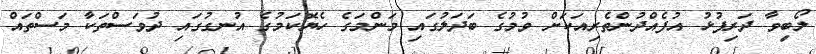
ލޯބިވާ ދަރިފުޅު އުފެއްދުންތެރިއަކަށް ވުމުގެ ބަދަލުގައި މަންމަގެ ހެޔޮކަމުގެ އުނގުގައި ދުވަސްތަކާ މަސްތައް